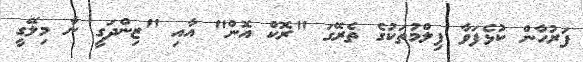
ފަރުހާން ކުޅެފަވާ ފިލްމުތަކުގެ ތެރޭގަ "ރޮކް އޮން" އާއި "ޒިންދަގީ ނާ މިލޭގީ